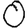
Digit: 0